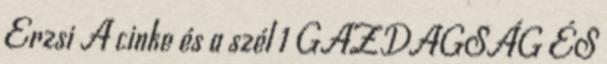
Erzsi A cinke és a szél 1 GAZDAGSÁG ÉS